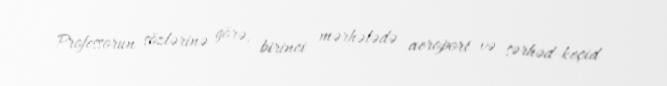
Professorun sözlərinə görə, birinci mərhələdə aeroport və sərhəd-keçid